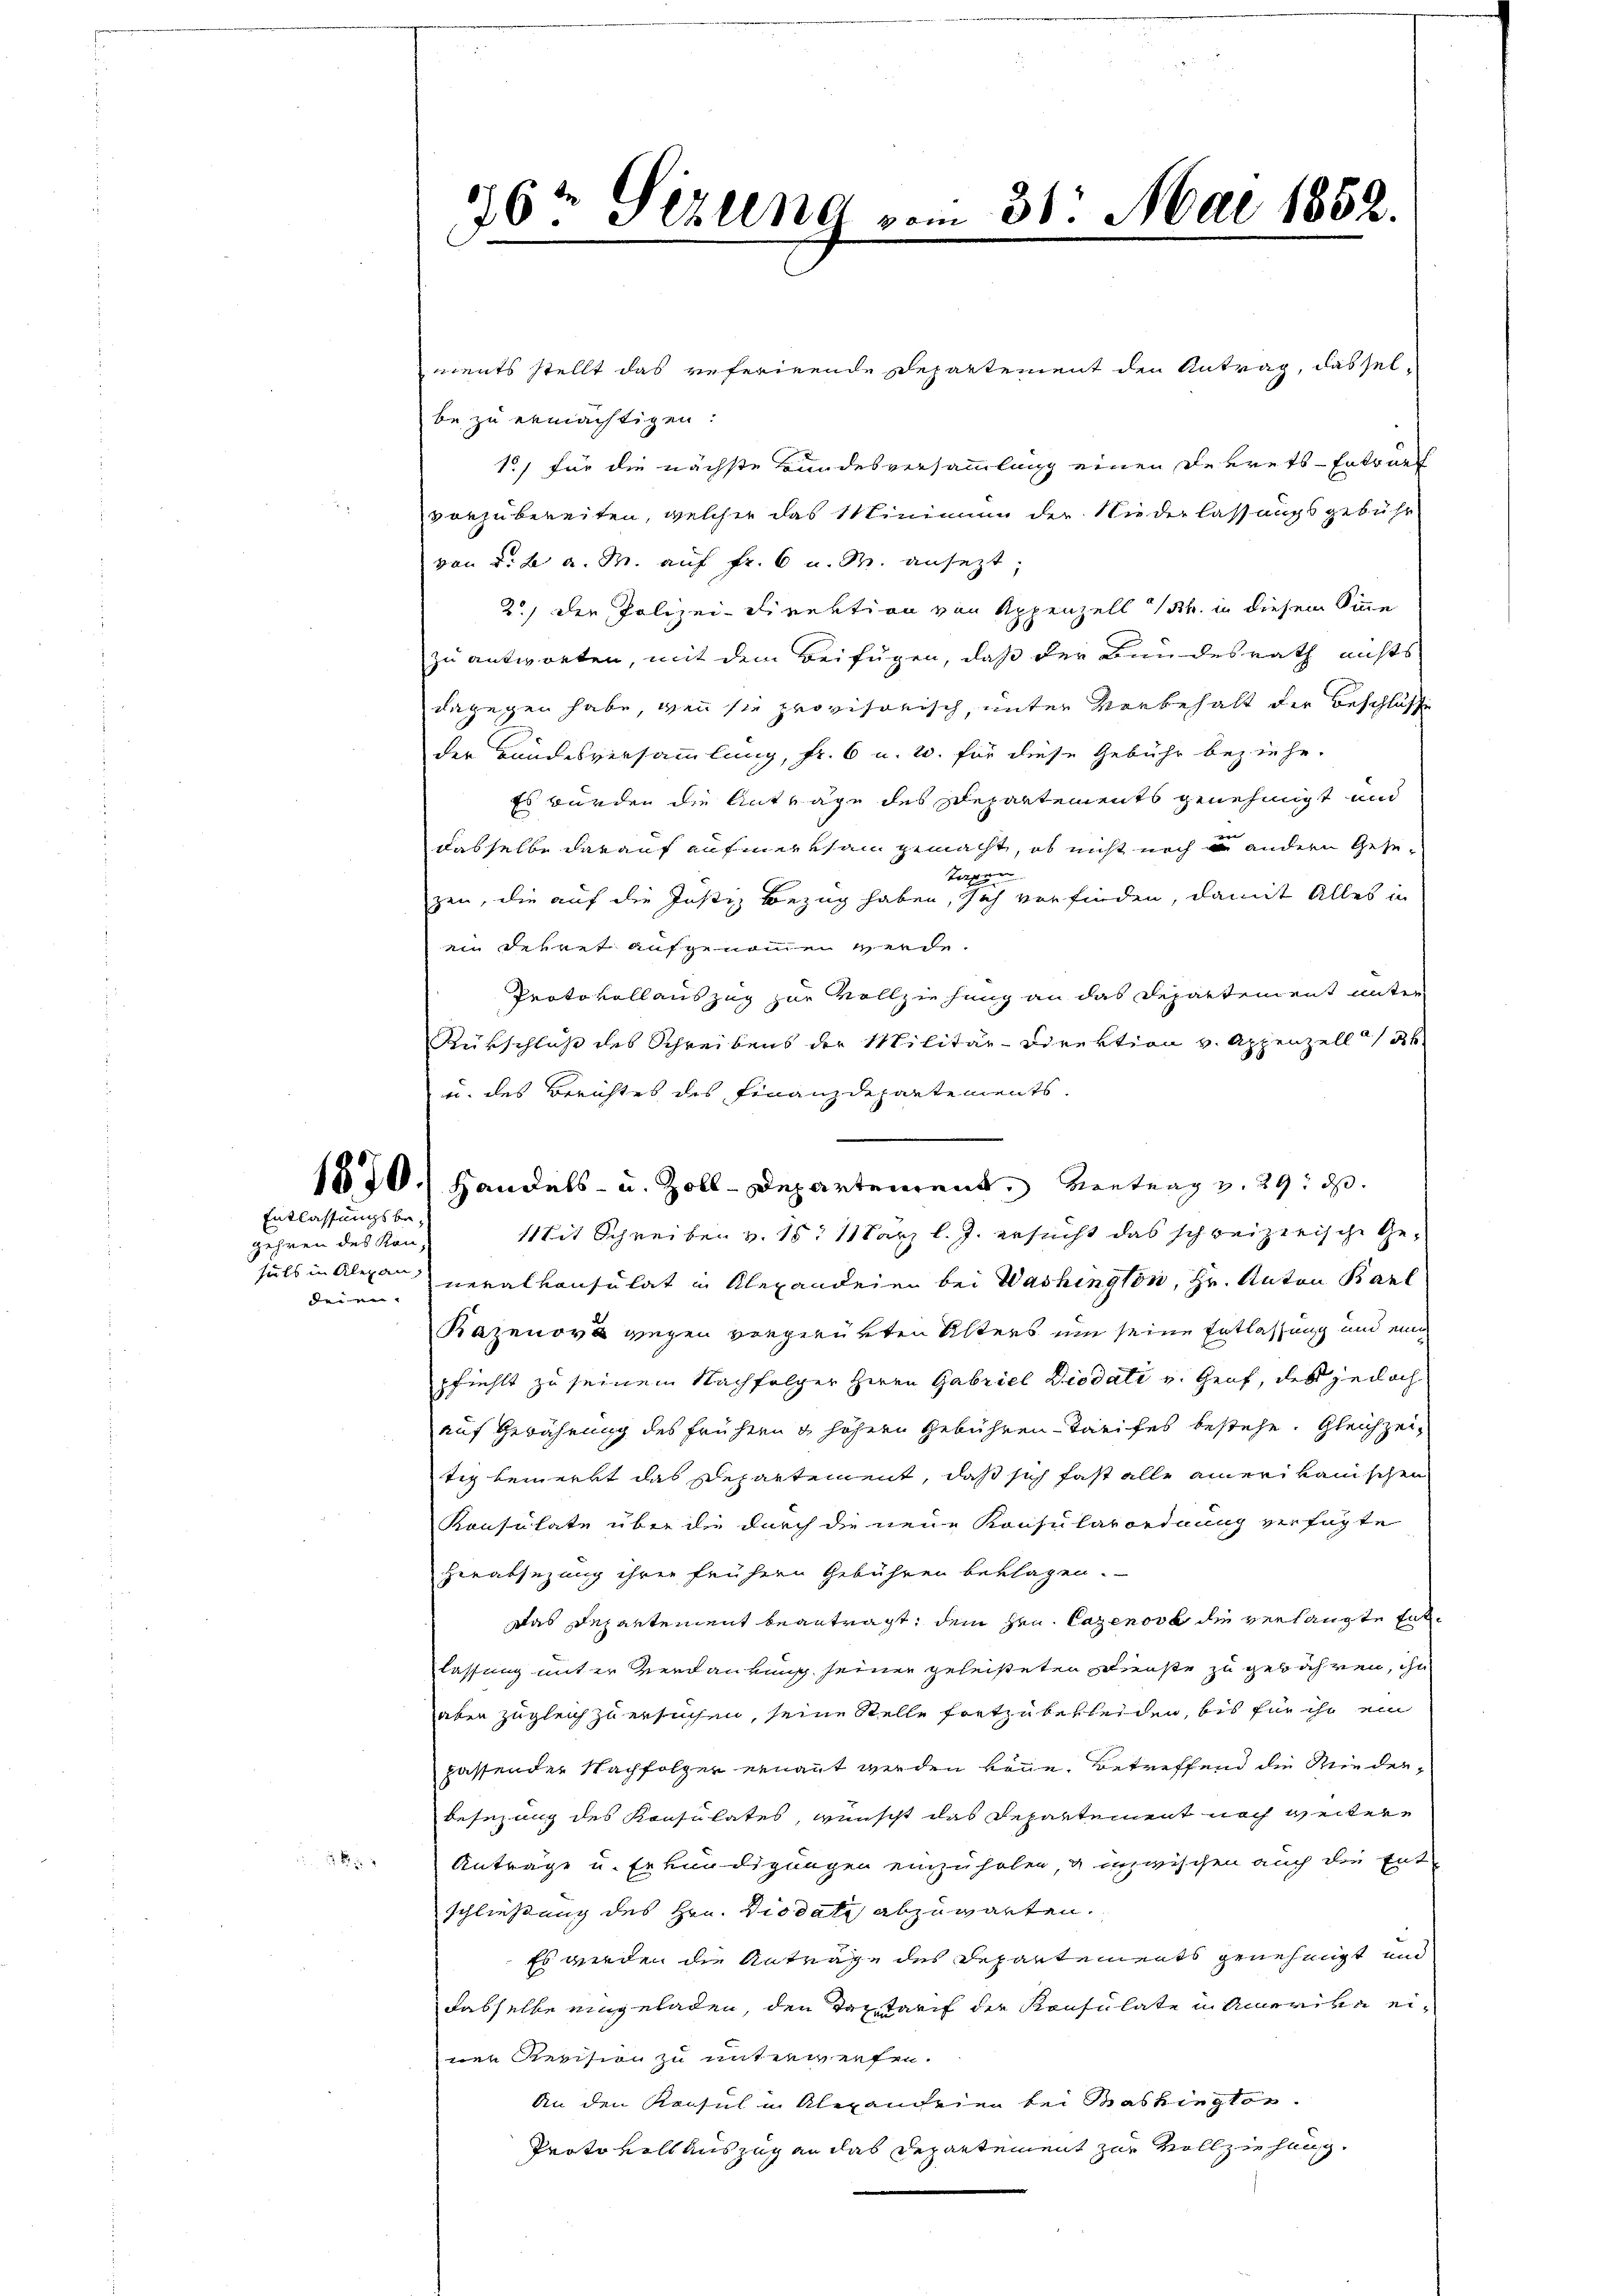
Entlassungsbe¬

gehren des Kon-
den

22

ments stellt das referirende Departement den Antrag, dasselbe zu ermächtigen.
15) für die nächste Bundesversammlung einen Dekrets-Entwurf
vorzubereiten, welcher das Minimum der Niederlassungsgebühr
von d. h. a. M. auf Fr. 6 u. s. ansezt.
2.) Der Polizei-Direktion von Appenzell 14. in diesem Sinne
zu antworten, mit dem Beifügen, daß der Bundesrath nichts
dagegen habe, wenn sie provisorisch, unter Vorbehalt der Beschlüsse
der Bundesversammlung, fr. 6 u. 2. für diese Gebühr beziehe.
Es wurden die Antrage des Departements genehmigt und
dasselbe darauf aufmerksam gemacht, ob nicht noch in andern Gese¬
Tagen
zen, die auf die Justiz Bezug haben, sich vorfinden, damit Alles in
ein Dekret aufgenommen werde.
Protokoll auszug zur Vollziehung an das Departement unter
Rückschluß des Schreibens der Militär-Direktion v. Appenzell ab
u. des Berichtes des Finanzdepartements.

1830. Handels- u. Zoll-Departement, Vortrag v. 29. ds.
Mit Schreiben v. 15. März l. J. ersucht das schreizerische Gesuls in Alexan neralkonsulat in Alexanderen bei Washington, Hr. Anton Karl
Kazenova wegen vergerükten Alters um seine Entlassung und ein
pfiehlt zu seinem Nachfolger Herrn Gabriel Diodati v. Graf, des jedoch
auf Gewährung des frühern & höhern Gebühren-Tarifes bestehe. Gleichzeitig bemerkt das Departement, daß sich fast alle amerikanischen
Konsulate über die durch die neue Konsularordnung verfügte
Herabsezung ihrer frühern Gebühren beklagen.
Das Departement beantragt, dem Hrn. Cazenort die verlangte Entlassung unter verdankung seiner geleisteten Dienste zu gebühren, ihn
aben zugleich zu ersuchen, seine Stelle fortzubekleiden, bis für ihr ein
passenden Nachfolger ernannt werden könne. Betreffend die Wiederbesezung des Konsulates, wünscht das Departement noch weitere
Anträge u. Erkundigungen einzuholen, u. inzwischen auch die Ent-
schließung des Hrn. Diodati abzuwarten.
Es werden die Antrage des Repartements genehmigt und
dasselbe eingeladen, den Tartarif der Konsulate in Amerika einen Revision zu unterwerfen.
An den Resul in Abwanderen bei Bashington.
Protokoll auszug an das Departement zur Vollziehung.

Mai 1852.
76 Sezung vom 3.